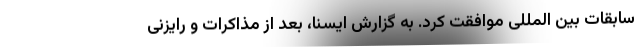
سابقات بین المللی موافقت کرد. به گزارش ایسنا، بعد از مذاکرات و رایزنی